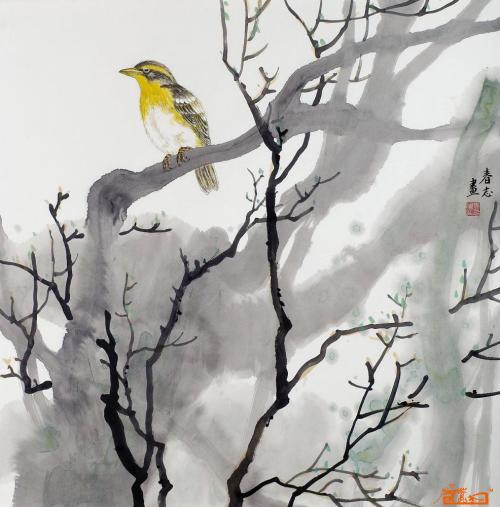
不堪肠断思乡处，红槿花中越鸟啼。